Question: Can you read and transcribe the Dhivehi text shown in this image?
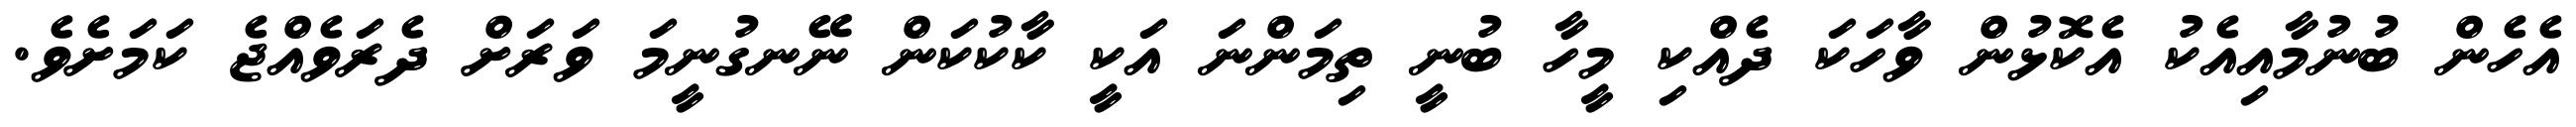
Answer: އެހެން ބުނުމާއިއެކު އެކޮޅުން ވާހަކަ ދެއްކި މީހާ ބުނީ ތިމަންނަ އަކީ ކާކުކަން ނޭނގުނީމަ ވަރަށް ދެރަވެއްޖެ ކަމަށެވެ.